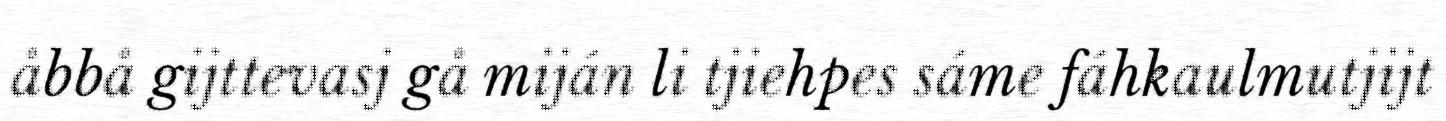
åbbå gijttevasj gå miján li tjiehpes sáme fáhkaulmutjijt